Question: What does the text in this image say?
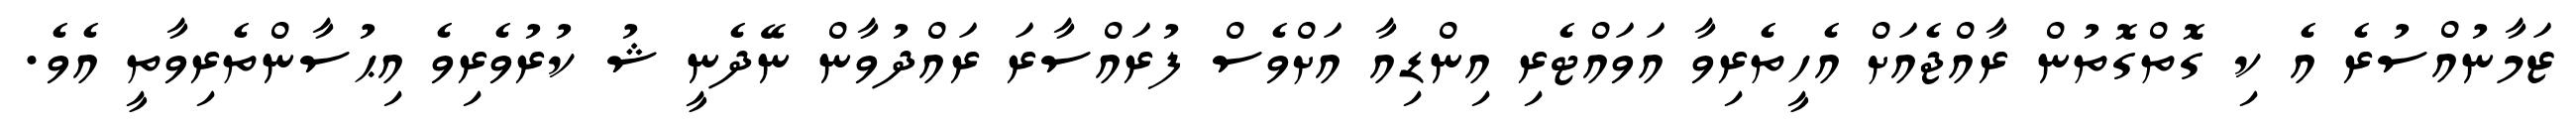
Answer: ޒަމާނުއްސުރެ އެ ކި ގޮތްގޮތުން ރާއްޖެއަށް އެހީތެރިވާ އަވައްޓެރި އިންޑިއާ އަށްވެސް ފުރައްސާރަ ރައްދުވާން ނޭދެނީ ޝު ކުރުވެރިވެ އިޙުސާންތެރިވާތީ އެވެ.